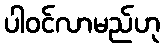
ပါဝင်လာမည်ဟု